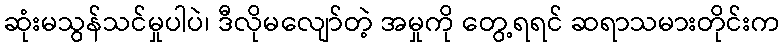
ဆုံးမသွန်သင်မှုပါပဲ၊ ဒီလိုမလျော်တဲ့ အမှုကို တွေ့ရရင် ဆရာသမားတိုင်းက